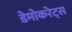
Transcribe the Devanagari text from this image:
डेमोकरेट्स